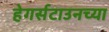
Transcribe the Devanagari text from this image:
हेगर्सटाउनच्या